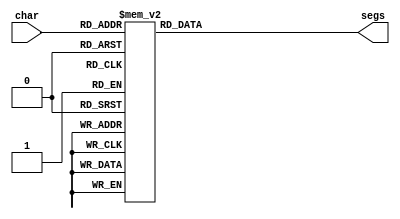
/*
   This file was generated automatically by Alchitry Labs version 1.2.7.
   Do not edit this file directly. Instead edit the original Lucid source.
   This is a temporary file and any changes made to it will be destroyed.
*/

module seven_seg_22 (
    input [3:0] char,
    output reg [7:0] segs
  );
  
  
  
  always @* begin
    
    case (char)
      1'h0: begin
        segs = 8'hfc;
      end
      1'h1: begin
        segs = 8'h60;
      end
      2'h2: begin
        segs = 8'hda;
      end
      2'h3: begin
        segs = 8'hf2;
      end
      3'h4: begin
        segs = 8'h66;
      end
      3'h5: begin
        segs = 8'hb6;
      end
      3'h6: begin
        segs = 8'hbe;
      end
      3'h7: begin
        segs = 8'he0;
      end
      4'h8: begin
        segs = 8'hfe;
      end
      4'h9: begin
        segs = 8'hf6;
      end
      4'ha: begin
        segs = 8'hec;
      end
      4'hb: begin
        segs = 8'h3c;
      end
      4'hc: begin
        segs = 8'h78;
      end
      4'hd: begin
        segs = 8'h9e;
      end
      4'he: begin
        segs = 8'h1c;
      end
      4'hf: begin
        segs = 8'h02;
      end
      default: begin
        segs = 8'h00;
      end
    endcase
  end
endmodule